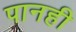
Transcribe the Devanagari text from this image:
पानही